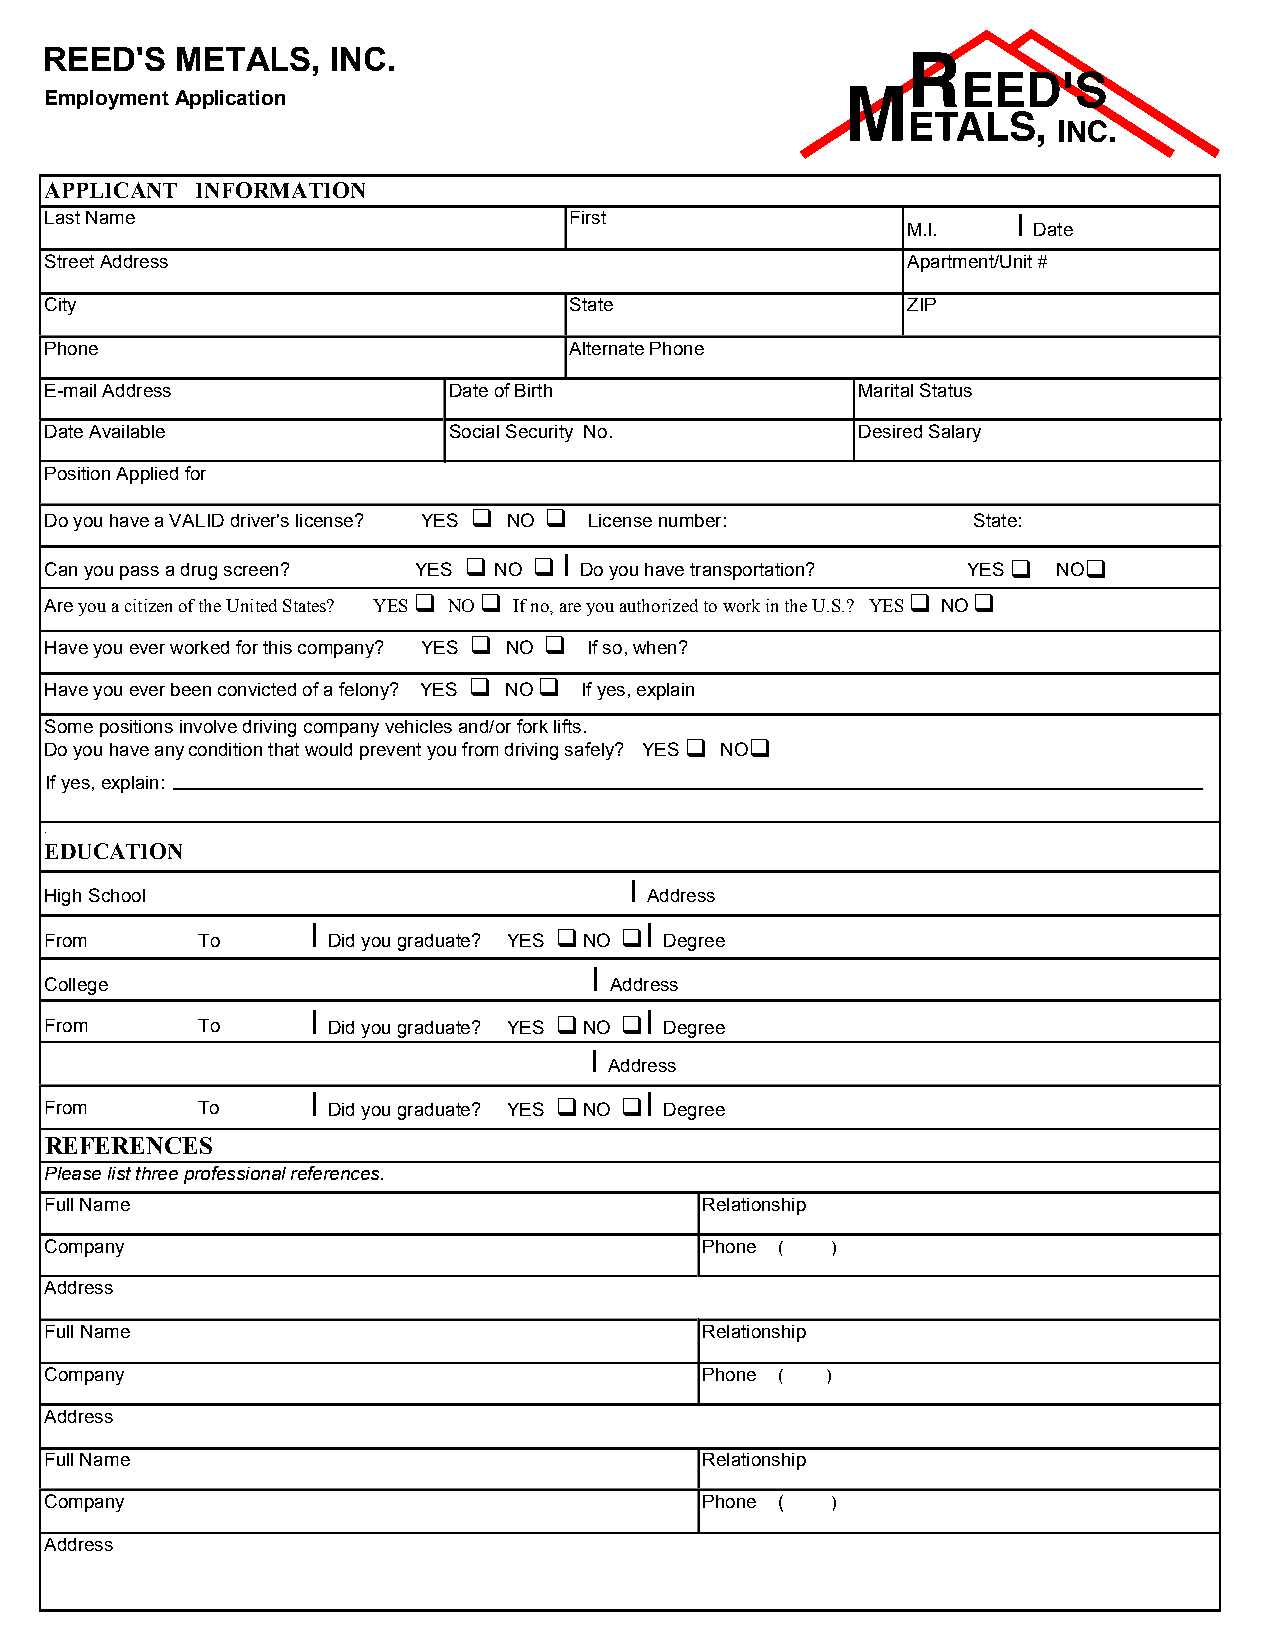
REED'S   METALS,   INC.
 Employment Application
 APPLICANT INFORMATION
 Last Name                          First                        I
 M.l.    Date
 Street Address                                           Apartment/Unit #
 City                               State                 ZIP
 Phone                              Alternate Phone
 E-mail Address             Date of Birth              Marital Status
 Date Available             Social Security No.        Desired Salary
 Position Applied for
 Do you have a VALID driver's license? YES
 
 NO
 
 License number:          State:
 Can you pass a drug screen? YES  NO  I Do you have transportation? YES  NO
 Are you a citizen of the United States? YES
 
 NO
 
 I f no, are you authorized to work in the U.S.? YES
 
 N O
 
 Have you ever worked for this company? YES
 
 NO
 
 If so, when?
 Have you ever been convicted of a felony? YES
 
 NO
 
 If yes, explain
 Some positions involve driving company vehicles and/or fork lifts.
     
 Do you have any condition that would prevent you fr o mdriv i ng safely? YES NO
 If yes, explain:
 .
 EDUCATION
 '
 I
 High School                             Address
 From      To
 I
 Did you graduate? YES
 
 NO
  I
 Degree
 I
 College                              Address
 From      To     I Did you graduate? YES  NO I Degree
 I
 Address
 From      To     I Did you graduate? YES  NO I Degree
 REFERENCES
 Please list three professional references.
 Full Name                                   Relationship
 Company                                     Phone ( )
 Address
 Full Name                                   Relationship
 Company                                     Phone ( )
 Address
 Full Name                                   Relationship
 Company                                     Phone ( )
 Address